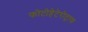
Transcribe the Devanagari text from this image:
फोटोहेटेरोट्राफ